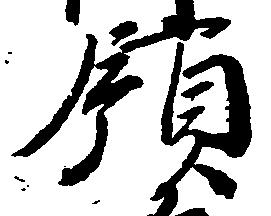
領